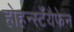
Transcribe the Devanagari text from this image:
होहर्न्स्टॅयैफेन